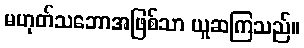
မဟုတ်သဘောအဖြစ်သာ ယူဆကြသည်။